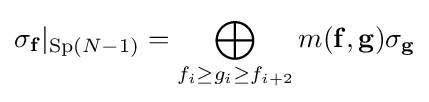
\sigma _{\mathbf {f} }|_{\mathrm {Sp} (N-1)}=\bigoplus _{f_{i}\geq g_{i}\geq f_{i+2}}m(\mathbf {f} ,\mathbf {g} )\sigma _{\mathbf {g} }